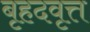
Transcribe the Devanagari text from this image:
बृहदवृत्त